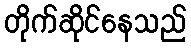
တိုက်ဆိုင်နေသည်